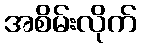
အစိမ်းလိုက်